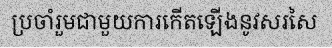
ប្រចាំរួមជាមួយការកើតឡើងនូវសរសៃ